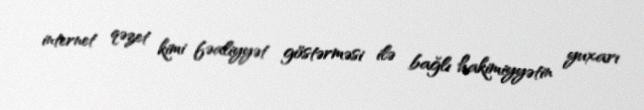
internet qəzet kimi fəaliyyət göstərməsi ilə bağlı hakimiyyətin yuxarı